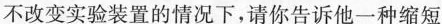
不改变实验装置的情况下，请你告诉他一种缩短